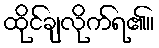
ထိုင်ချလိုက်ရ၏။